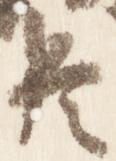
臣